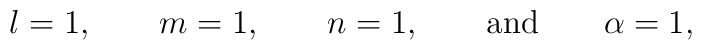
l = 1, \qquad m = 1,\qquad n = 1, \qquad{\rm and}\qquad \alpha = 1,